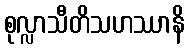
စုလ္လာသီတိသဟဿာနိ